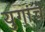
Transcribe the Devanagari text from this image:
युगांचे